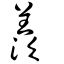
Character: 羨